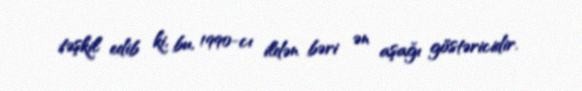
təşkil edib ki, bu, 1990-cı ildən bəri ən aşağı göstəricidir.